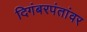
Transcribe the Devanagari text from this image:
दिगंबरपंतांवर